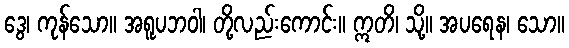
ဒွေ၊ ကုန်သော။ အရူပဘဝါ၊ တို့လည်းကောင်း။ ဣတိ၊ သို့။ အပရေန၊ သော။